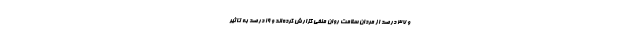
و ۳۷ درصد از مردان سلامت روان منفی گزارش کرده‌اند و ۱۹ درصد به تاثیر